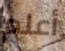
أعلم